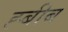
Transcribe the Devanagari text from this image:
ह्बीब